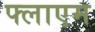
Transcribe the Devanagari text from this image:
फ्लाएम